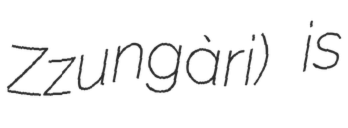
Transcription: Zzungàri) is